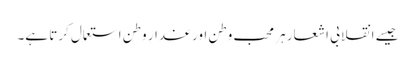
جیسے انقلابی اشعار ہر محب وطن اور غدارِ وطن استعمال کرتا ہے۔